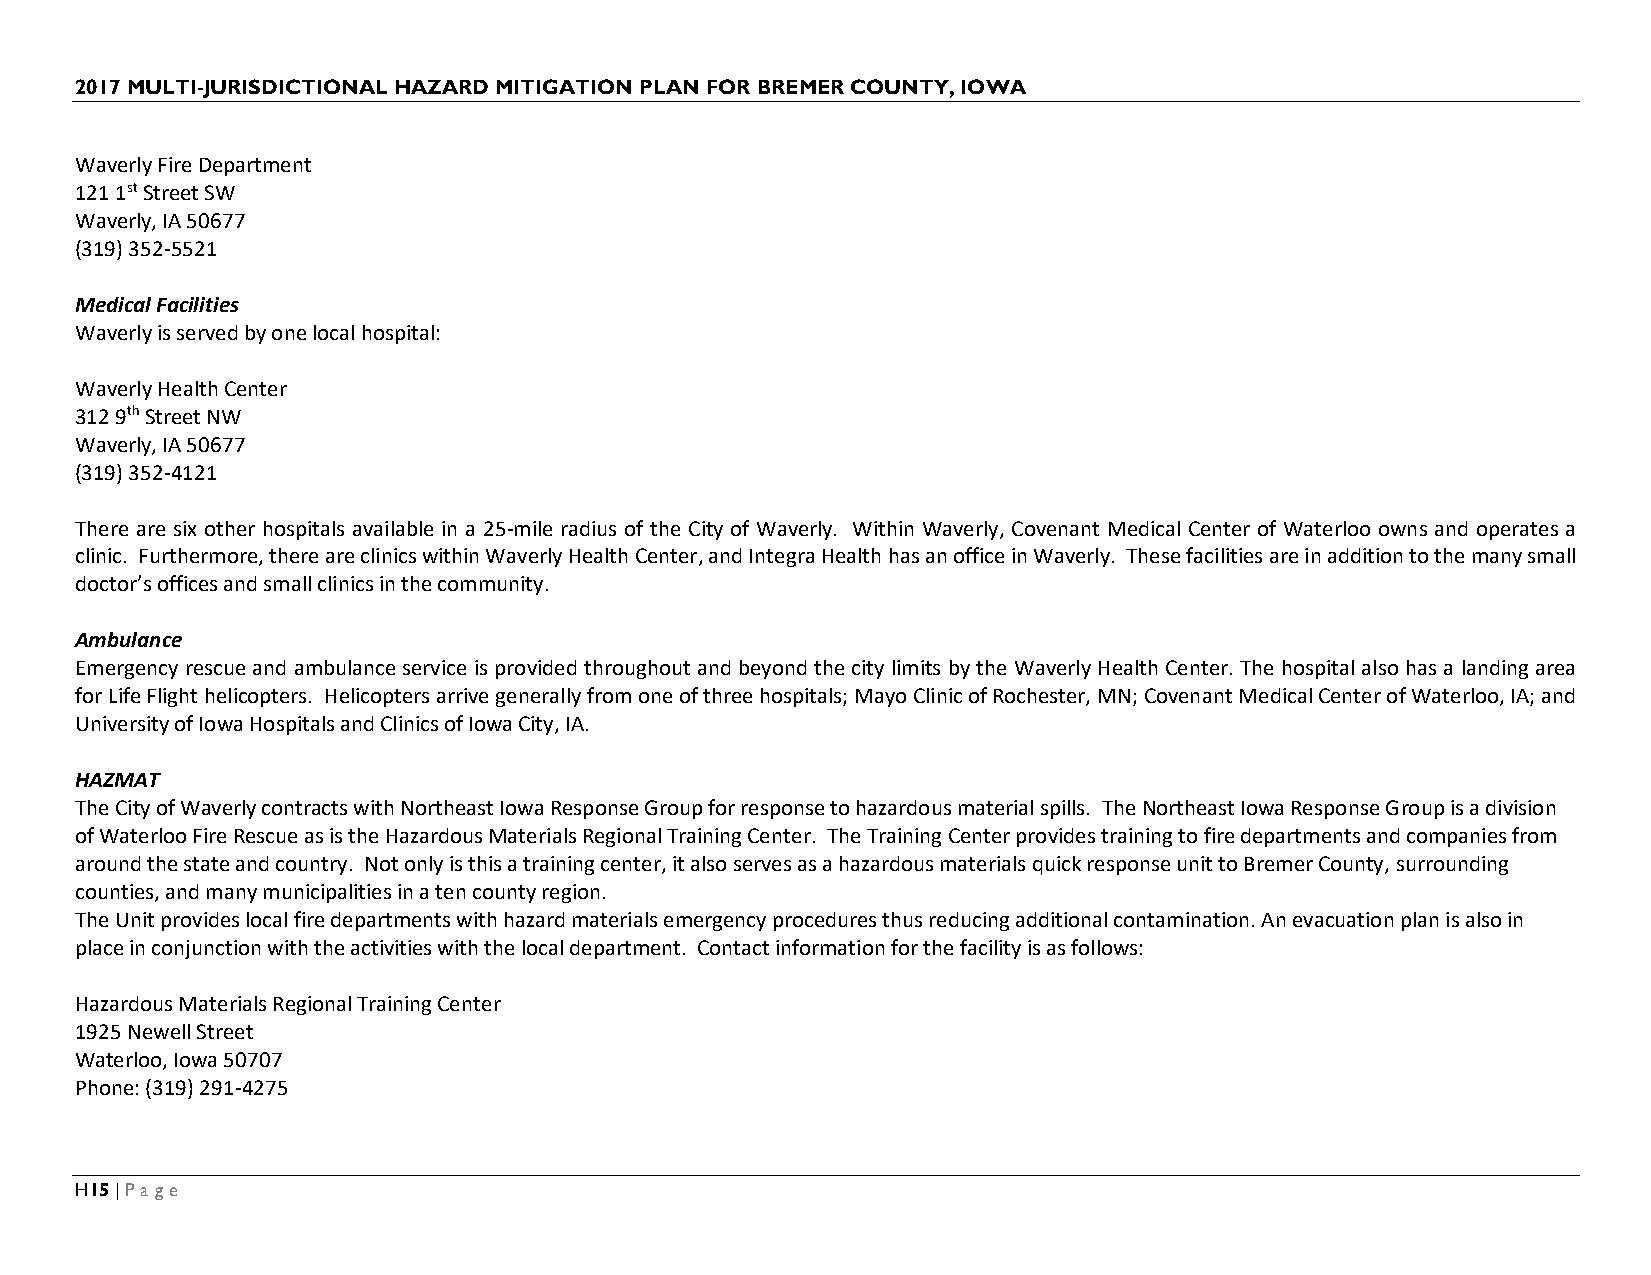
2017 MULTI-JURISDICTIONAL HAZARD MITIGATION PLAN FOR BREMER COUNTY, IOWA
 Waverly Fire Department
 121 1st Street SW
 Waverly, IA 50677
 (319) 352-5521
 Medical Facilities
 Waverly is served by one local hospital:
 Waverly Health Center
 312 9th Street NW
 Waverly, IA 50677
 (319) 352-4121
 There are six other hospitals available in a 25-mile radius of the City of Waverly. Within Waverly, Covenant Medical Center of Waterloo owns and operates a
 clinic. Furthermore, there are clinics within Waverly Health Center, and Integra Health has an office in Waverly. These facilities are in addition to the many small
 doctor’s offices and small clinics in the community.
 Ambulance
 Emergency rescue and ambulance service is provided throughout and beyond the city limits by the Waverly Health Center. The hospital also has a landing area
 for Life Flight helicopters. Helicopters arrive generally from one of three hospitals; Mayo Clinic of Rochester, MN; Covenant Medical Center of Waterloo, IA; and
 University of Iowa Hospitals and Clinics of Iowa City, IA.
 HAZMAT
 The City of Waverly contracts with Northeast Iowa Response Group for response to hazardous material spills. The Northeast Iowa Response Group is a division
 of Waterloo Fire Rescue as is the Hazardous Materials Regional Training Center. The Training Center provides training to fire departments and companies from
 around the state and country. Not only is this a training center, it also serves as a hazardous materials quick response unit to Bremer County, surrounding
 counties, and many municipalities in a ten county region.
 The Unit provides local fire departments with hazard materials emergency procedures thus reducing additional contamination. An evacuation plan is also in
 place in conjunction with the activities with the local department. Contact information for the facility is as follows:
 Hazardous Materials Regional Training Center
 1925 Newell Street
 Waterloo, Iowa 50707
 Phone: (319) 291-4275
 H15 | Page